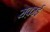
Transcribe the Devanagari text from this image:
सक़ाई